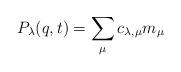
LaTeX: \begin{gather*}P_{\lambda}(q, t) = \sum_{\mu}{c_{\lambda, \mu}m_{\mu}}\end{gather*}